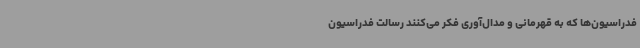
فدراسیون‌ها که به قهرمانی و مدال‌آوری فکر می‌کنند رسالت فدراسیون